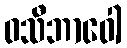
ဝသီဘာဝေါ